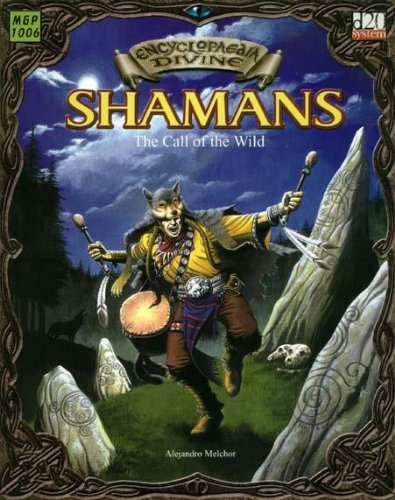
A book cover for Encyclopaedia Divine: Shamans The Call Of The Wild (Encyclopedia Divine); Alejandro Melchor; Reference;